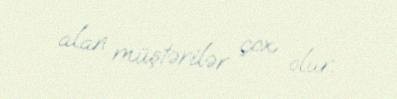
alan müştərilər çox olur.